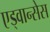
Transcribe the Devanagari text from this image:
एड्वान्सेस